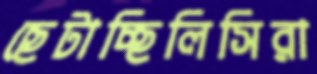
ছেটাচ্ছিলিসিরা